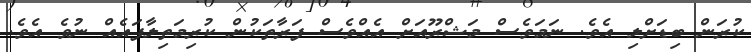
ކުރަން ބިޑަށްލި އެވެ. ނަމަވެސް މަޝްރޫއަށް އެއްވެސް ފަރާތަކުން ކުރިމަތިލާފައެއް ނުވެ އެވެ.